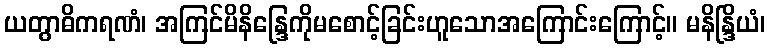
ယတွာဓိကရဏံ၊ အကြင်မိနိန္ဒြေကိုမစောင့်ခြင်းဟူသောအကြောင်းကြောင့်။ မနိန္ဒြိယံ၊